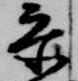
参